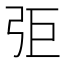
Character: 弡